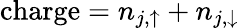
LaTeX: \mathrm{charge}=n_{j,\uparrow}+n_{j,\downarrow}